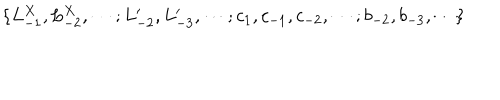
\{ L _ { - 1 } ^ { X } , L _ { - 2 } ^ { X } , \cdots ; L _ { - 2 } ^ { \prime } , L _ { - 3 } ^ { \prime } , \cdots ; c _ { 1 } , c _ { - 1 } , c _ { - 2 } , \cdots ; b _ { - 2 } , b _ { - 3 } , \cdots \}